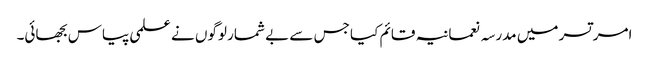
امر تسر میں مدرسہ نعمانیہ قائم کیا جس سے بے شمار لوگوں نے علمی پیاس بجھائی۔